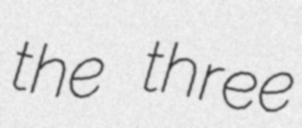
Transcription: the three